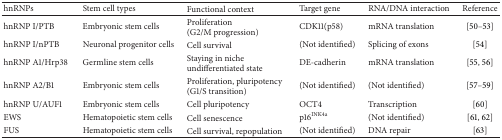
| hnRNPs | Stem cell types | Functional context | Target gene | RNA/DNA interaction | Reference |
 | --- | --- | --- | --- | --- | --- |
 | hnRNP I/PTB | Embryonic stem cells | Proliferation (G2/M progression) | CDK11(p58) | mRNA translation | [50–53] |
 | hnRNP I/nPTB | Neuronal progenitor cells | Cell survival | (Not identified) | Splicing of exons | [54] |
 | hnRNP A1/Hrp38 | Germline stem cells | Staying in niche undifferentiated state | DE-cadherin | mRNA translation | [55, 56] |
 | hnRNP A2/B1 | Embryonic stem cells | Proliferation, pluripotency (G1/S transition) | (Not identified) | (Not identified) | [57–59] |
 | hnRNP U/AUF1 | Embryonic stem cells | Cell pluripotency | OCT4 | Transcription | [60] |
 | EWS | Hematopoietic stem cells | Cell senescence | p16INK4a | (Not identified) | [61, 62] |
 | FUS | Hematopoietic stem cells | Cell survival, repopulation | (Not identified) | DNA repair | [63] |